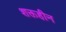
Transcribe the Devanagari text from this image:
शक्तहीन